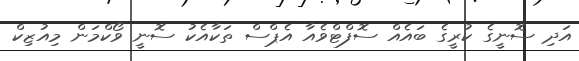
އަދި ސޮނީގެ ކުރީގެ ބައެއް ސޮފްޓްވެއާ އެޕްސް ތަކާއެކު ސޮނީ ވޯކްމަން މިއުޒިކް